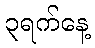
၃ရက်နေ့